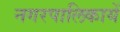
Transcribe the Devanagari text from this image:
नगरपालिकायें